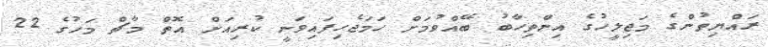
ރައްޔިތުންގެ މަޖިލީހުގެ އިންތިހާބު ބޭއްވުމަށް ހަމަޖެހިފައިވަނީ ކުރިއަށް އޮތް މާޗް މަހުގެ 22